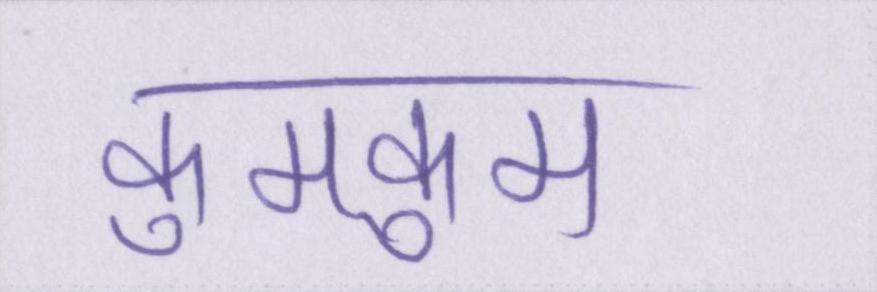
कुमकुम